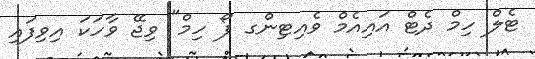
ޓެލް ހިމް ދެޓް އައިއެމް ވެއިޓިންގ ފޯ ހިމް" ވިޖޭ ވާހަކަ އިވިފައި